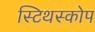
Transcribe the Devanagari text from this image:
स्टिथस्कोप